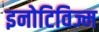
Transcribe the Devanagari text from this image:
इनोटिविज्म